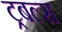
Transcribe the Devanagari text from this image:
ट्रबल्स